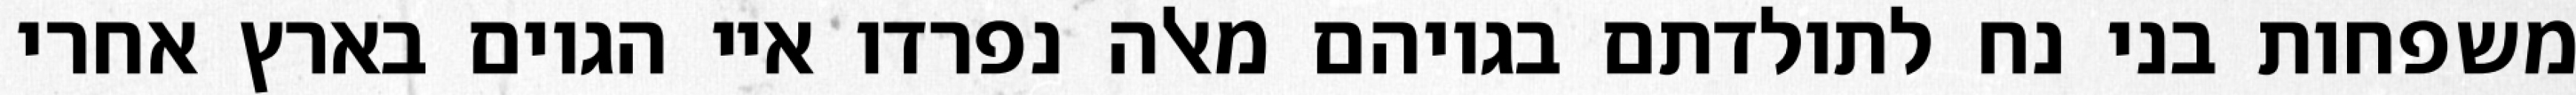
משפחות בני נח לתולדתם בגויהם מאלה נפרדו איי הגוים בארץ אחרי